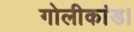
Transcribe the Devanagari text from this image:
गोलीकांड।